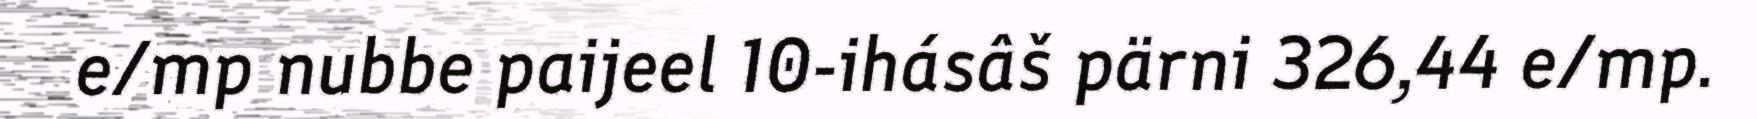
e/mp nubbe paijeel 10-ihásâš pärni 326,44 e/mp.